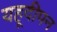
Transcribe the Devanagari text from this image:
यहूदीपन